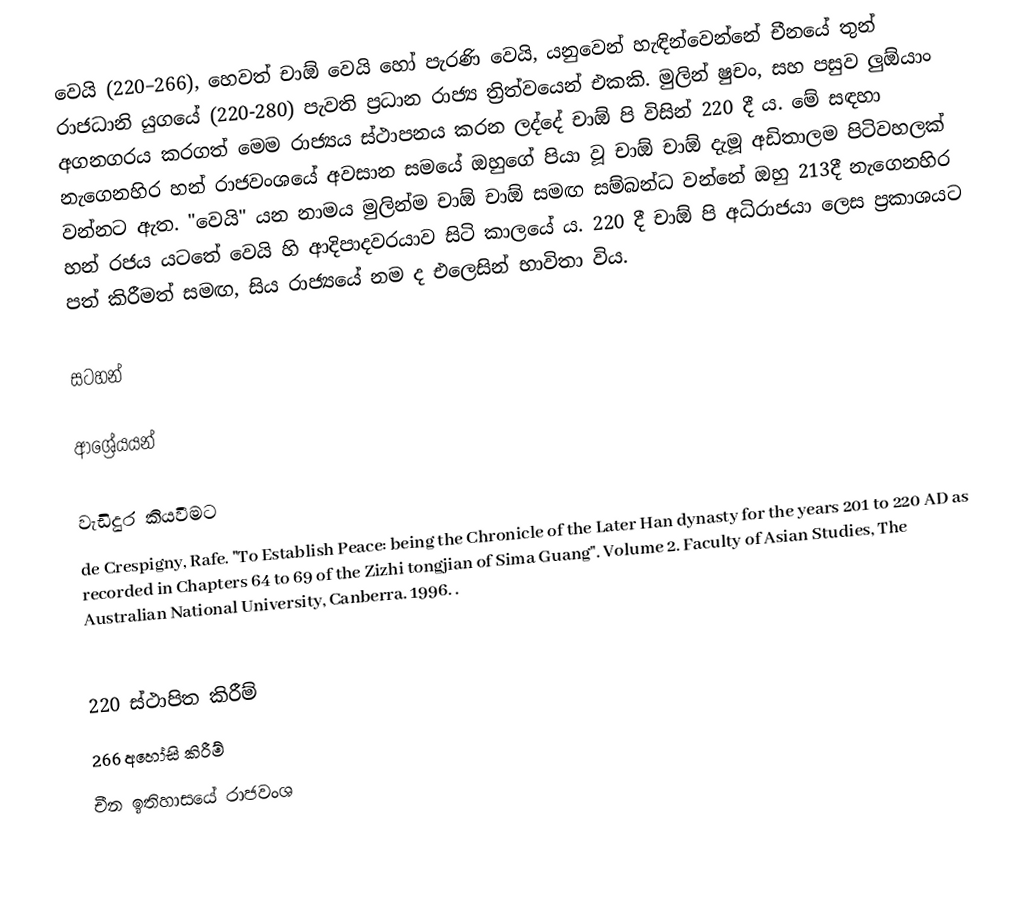
වෙයි (220–266), හෙවත් චාඕ වෙයි හෝ පැරණි වෙයි, යනුවෙන් හැඳින්වෙන්නේ චීනයේ තුන් රාජධානි යුගයේ (220-280) පැවති ප්‍රධාන රාජ්‍ය ත්‍රිත්වයෙන් එකකි. මුලින් ෂුචං, සහ පසුව ලුඕයාං අගනගරය කරගත් මෙම රාජ්‍යය ස්ථාපනය කරන ලද්දේ චාඕ පි විසින් 220 දී ය. මේ සඳහා නැගෙනහිර හන් රාජවංශයේ අවසාන සමයේ ඔහුගේ පියා වූ චාඕ චාඕ දැමූ අඩිතාලම පිටිවහලක් වන්නට ඇත. "වෙයි" යන නාමය මුලින්ම චාඕ චාඕ සමඟ සම්බන්ධ වන්නේ ඔහු 213දී නැගෙනහිර හන් රජය යටතේ වෙයි හි ආදිපාදවරයාව සිටි කාලයේ ය. 220 දී චාඕ පි අධිරාජයා ලෙස ප්‍රකාශයට පත් කිරීමත් සමඟ, සිය රාජ්‍යයේ නම ද එලෙසින් භාවිතා විය.

සටහන්

ආශ්‍රේයයන්

වැඩිදුර කියවීමට
de Crespigny, Rafe. "To Establish Peace: being the Chronicle of the Later Han dynasty for the years 201 to 220 AD as recorded in Chapters 64 to 69 of the Zizhi tongjian of Sima Guang". Volume 2. Faculty of Asian Studies, The Australian National University, Canberra. 1996. .

220 ස්ථාපිත කිරීම්
266 අහෝසි කිරීම්
චීන ඉතිහාසයේ රාජවංශ